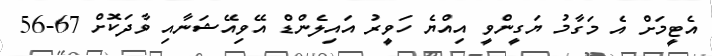
އެޓީމަށް އެ މަގާމު ޔަގީންވީ އިއްްޔެ ހަވީރު އައިލެންޑް އޭވިއޭޝަނާއި ވާދަކޮށް 67-56